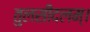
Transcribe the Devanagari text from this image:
तुलसीदलम्।